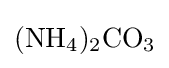
{\ce {(NH4)2CO3}}